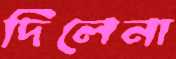
দিলেনা